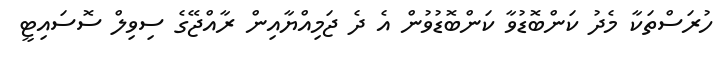
ހުރަސްތަކާ މެދު ކަންބޮޑުވާ ކަންބޮޑުވުން އެ ދެ ޖަމިއްޔާއިން ރާއްޖޭގެ ސިވިލް ސޮސައިޓީ